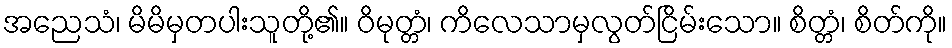
အညေသံ၊ မိမိမှတပါးသူတို့၏။ ဝိမုတ္တံ၊ ကိလေသာမှလွတ်ငြိမ်းသော။ စိတ္တံ၊ စိတ်ကို။